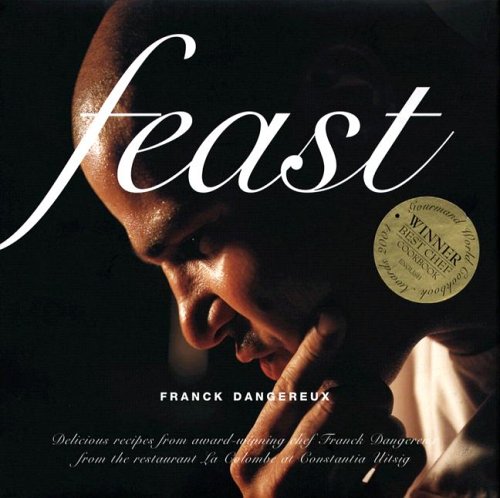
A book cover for Feast; Franck Dangereux; Cookbooks, Food & Wine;